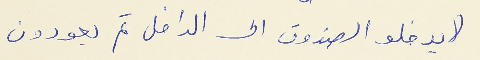
(( يدخلو الصندوق الى الداخل ثم يعودون